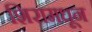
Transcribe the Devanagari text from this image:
शिरामधून